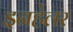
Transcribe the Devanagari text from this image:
इनहेलर